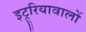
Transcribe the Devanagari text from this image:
इट्रूरियावालों